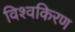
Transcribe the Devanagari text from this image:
विश्वकिरण